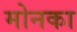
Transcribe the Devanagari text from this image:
मोनका